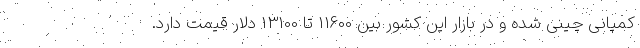
کمپانی چینی شده و در بازار این کشور بین 11600 تا 13100 دلار قیمت دارد.